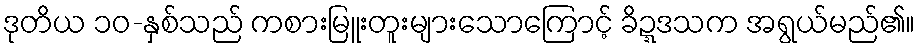
ဒုတိယ ၁၀-နှစ်သည် ကစားမြူးတူးများသောကြောင့် ခိဍ္ဍဒသက အရွယ်မည်၏။